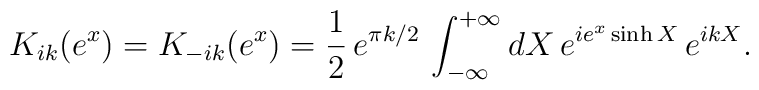
K_{ik}(e^{x})=K_{-ik}(e^{x})=\frac{1}{2}\,e^{\pi k/2}\,\int_{-\infty}^{+\infty }dX\,e^{ie^{x}\sinh X}\,e^{ikX}.